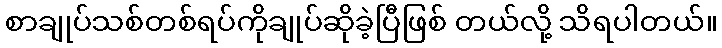
စာချုပ်သစ်တစ်ရပ်ကိုချုပ်ဆိုခဲ့ပြီဖြစ် တယ်လို့ သိရပါတယ်။